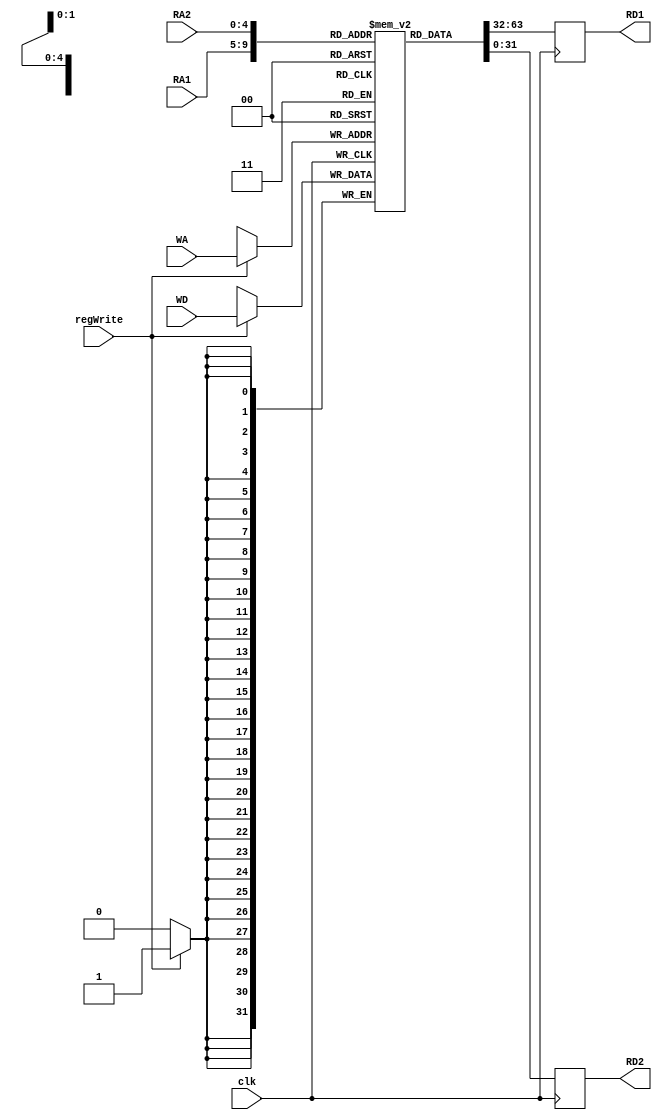
`timescale 1ns / 1ps
//////////////////////////////////////////////////////////////////////////////////
// Company: 
// Engineer: 
// 
// Design Name: 
// Module Name: RegisterBank
// Project Name: 
// Target Devices: 
// Tool Versions: 
// Description: 
// 
// Dependencies: 
// 
// Revision:
// Revision 0.01 - File Created
// Additional Comments:
// 
//////////////////////////////////////////////////////////////////////////////////


module RegisterBank(clk, RA1, RA2, WA, WD, regWrite, RD1, RD2);
    input clk, regWrite;
    input [4:0] RA1, RA2, WA;
    input [31:0] WD;
    output reg [31:0] RD1, RD2;
    
    reg [31:0] REG [31:0];
    
    integer i;
    initial begin
        for(i = 0; i < 32; i = i + 1)begin
            REG[i] = 32'b0;
        end
    end
    
    always@(negedge clk)begin
        RD1 = REG[RA1];
        RD2 = REG[RA2];
    end
    
    always@(posedge clk)begin
        if(regWrite)begin
            REG[WA] = WD;
        end
    end
    
endmodule